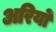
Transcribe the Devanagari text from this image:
अरियों